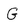
Character: G